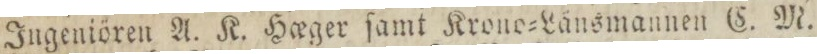
Ingeniören A. K. Hœger ſamt Krono=Länsmannen C. M.